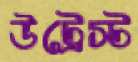
উট্রেস্ট